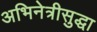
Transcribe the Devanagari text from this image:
अभिनेत्रीसुद्धा